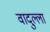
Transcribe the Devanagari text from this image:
वादुल्ला